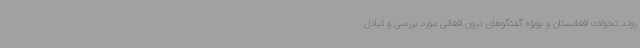
روند تحولات افغانستان و بویژه گفتگوهای درون افغانی مورد بررسی و تبادل